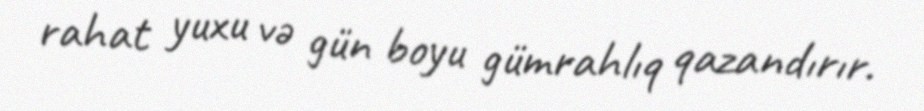
rahat yuxu və gün boyu gümrahlıq qazandırır.